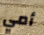
أمي